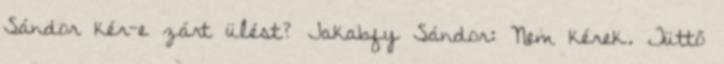
Sándor kér-e zárt ülést? Jakabfy Sándor: Nem kérek. Tüttő